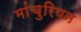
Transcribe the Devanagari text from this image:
मांचुरियन